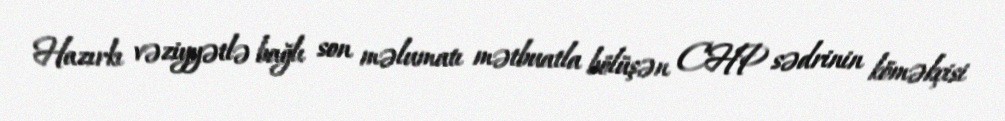
Hazırkı vəziyyətlə bağlı son məlumatı mətbuatla bölüşən CHP sədrinin köməkçisi